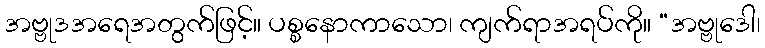
အဗ္ဗုဒအရေအတွက်ဖြင့်။ ပစ္စနောကာသော၊ ကျက်ရာအရပ်ကို။ “အဗ္ဗုဒေါ၊